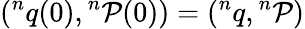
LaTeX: ({}^{n}q(0),{}^{n}\mathcal{P}(0))=({}^{n}q,{}^{n}\mathcal{P})